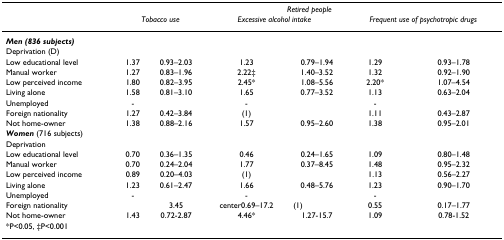
|  | <COLSPAN=6> Retired people |
 |  | <COLSPAN=2> Tobacco use | <COLSPAN=2> Excessive alcohol intake | <COLSPAN=2> Frequent use of psychotropic drugs |
 | --- | --- | --- | --- | --- | --- | --- |
 | Men (836 subjects) |  |  |  |  |  |  |
 | Deprivation (D) |  |  |  |  |  |  |
 | Low educational level | 1.37 | 0.93–2.03 | 1.23 | 0.79–1.94 | 1.29 | 0.93–1.78 |
 | Manual worker | 1.27 | 0.83–1.96 | 2.22‡ | 1.40–3.52 | 1.32 | 0.92–1.90 |
 | Low perceived income | 1.80 | 0.82–3.95 | 2.45* | 1.08–5.56 | 2.20* | 1.07–4.54 |
 | Living alone | 1.58 | 0.81–3.10 | 1.65 | 0.77–3.52 | 1.13 | 0.63–2.04 |
 | Unemployed | - |  | - |  | - |  |
 | Foreign nationality | 1.27 | 0.42–3.84 | (1) |  | 1.11 | 0.43–2.87 |
 | Not home-owner | 1.38 | 0.88–2.16 | 1.57 | 0.95–2.60 | 1.38 | 0.95–2.01 |
 | Women (716 subjects) |  |  |  |  |  |  |
 | Deprivation |  |  |  |  |  |  |
 | Low educational level | 0.70 | 0.36–1.35 | 0.46 | 0.24–1.65 | 1.09 | 0.80–1.48 |
 | Manual worker | 0.70 | 0.24–2.04 | 1.77 | 0.37–8.45 | 1.48 | 0.95–2.32 |
 | Low perceived income | 0.89 | 0.20–4.03 | (1) |  | 1.13 | 0.56–2.27 |
 | Living alone | 1.23 | 0.61–2.47 | 1.66 | 0.48–5.76 | 1.23 | 0.90–1.70 |
 | Unemployed | - |  | - |  | - |  |
 | Foreign nationality |  | 3.45 | center0.69–17.2 | (1) | 0.55 | 0.17–1.77 |
 | Not home-owner | 1.43 | 0.72-2.87 | 4.46* | 1.27-15.7 | 1.09 | 0.78-1.52 |
 | *P<0.05, ‡P<0.001 |  |  |  |  |  |